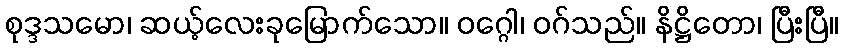
စုဒ္ဒသမော၊ ဆယ့်လေးခုမြောက်သော။ ဝဂ္ဂေါ၊ ဝဂ်သည်။ နိဋ္ဌိတော၊ ပြီးပြီ။